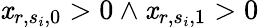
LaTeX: \mathit{x}_{r,s_{i},0}>0\land\mathit{x}_{r,s_{i},1}>0